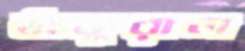
ঠাকুরাল